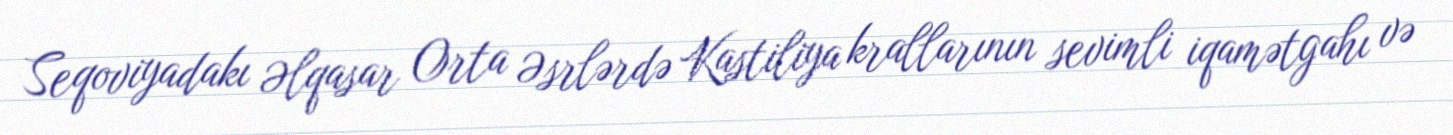
Seqoviyadakı Əlqasar Orta Əsrlərdə Kastiliya krallarının sevimli iqamətgahı və